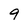
Character: 9